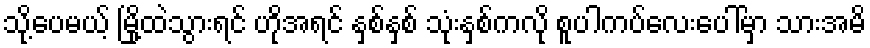
သို့ပေမယ့် မြို့ထဲသွားရင် ဟိုအရင် နှစ်နှစ် သုံးနှစ်ကလို စူပါကပ်လေးပေါ်မှာ သားအမိ